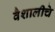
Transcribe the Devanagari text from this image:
वैशालीचे